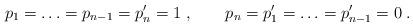
LaTeX: \begin{align*}p_1 = \ldots = p_{n-1} = p_n' =1 \;, \qquad p_n = p_1' = \ldots = p_{n-1}'=0\;.\end{align*}